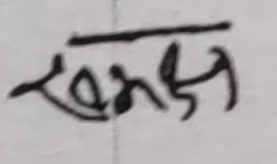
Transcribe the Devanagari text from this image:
समक्ष